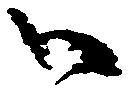
御